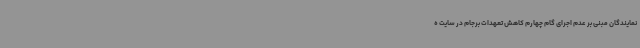
نمایندگان مبنی بر عدم اجرای گام چهارم کاهش تعهدات برجام در سایت ه